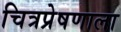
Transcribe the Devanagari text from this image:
चित्रप्रेषणाला